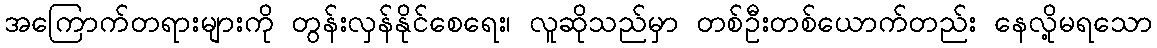
အကြောက်တရားများကို တွန်းလှန်နိုင်စေရေး၊ လူဆိုသည်မှာ တစ်ဦးတစ်ယောက်တည်း နေလို့မရသော